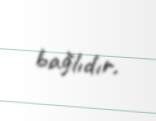
bağlıdır.